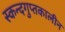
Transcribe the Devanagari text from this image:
स्कन्दगुप्तकालीन